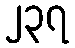
၂၃၇